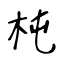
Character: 杶